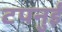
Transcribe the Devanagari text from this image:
टपनुई